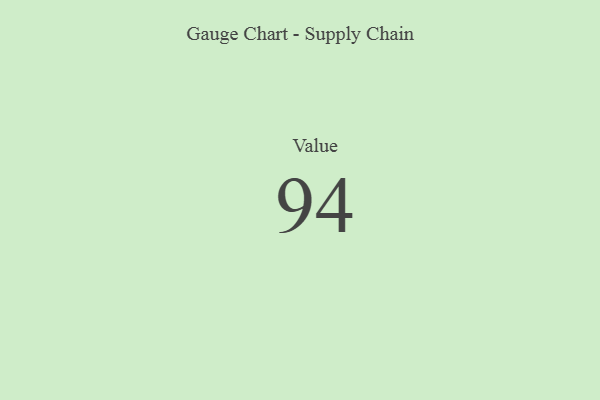
{"axis": {"x": "Metric", "y": "Value"}, "legend": [""], "data": [{"x": "Value", "y": 94, "type": ""}]}